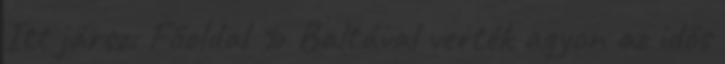
Itt jársz: Főoldal » Baltával verték agyon az idős